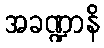
အခဏ္ဍာနိ